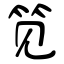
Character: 笕